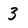
Character: 3